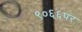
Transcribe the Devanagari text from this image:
९०६६पर